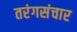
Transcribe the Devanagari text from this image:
तरंगसंचार